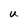
Character: U